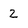
Character: 2